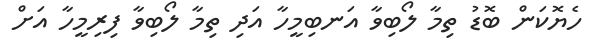
ހެޔޮކަން ބޮޑު ތިމާ ލޯބިވާ އަނބިމީހާ އަދި ތިމާ ލޯބިވާ ފިރިމީހާ އަށް